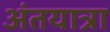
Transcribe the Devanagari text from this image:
अंतयात्रा